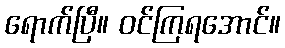
ရောက်ပြီ။ ဝင်ကြရအောင်။